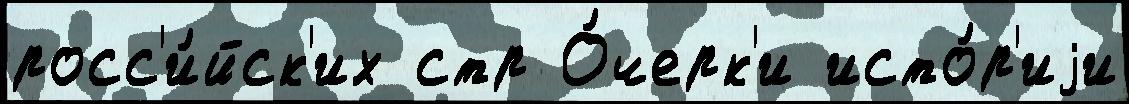
росс'и́йск'их стр О́черк'и исто́р'иjи